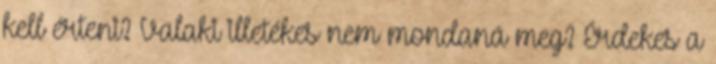
kell érteni? Valaki illetékes nem mondaná meg? Érdekes a